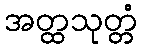
အတ္ထသုတ္တံ